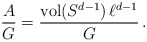
\begin{align*}\frac{A}{G}=\frac{{\rm vol}(S^{d-1})\, \ell^{d-1}}{G}\,.\end{align*}